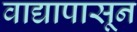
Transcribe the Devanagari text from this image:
वाद्यापासून